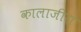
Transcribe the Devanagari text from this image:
कालाजीरा